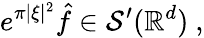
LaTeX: e^{\pi|\xi|^{2}}{\hat{f}}\in{\mathcal{S}}^{\prime}(\mathbb{R}^{d})~,